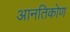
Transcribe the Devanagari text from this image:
आनतिकोण